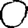
Digit: 0